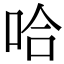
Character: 哈